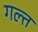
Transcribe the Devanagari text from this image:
गल्त